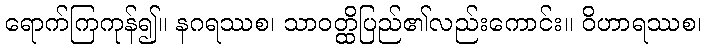
ရောက်ကြကုန်၍။ နဂရဿစ၊ သာဝတ္ထိပြည်၏လည်းကောင်း။ ဝိဟာရဿစ၊